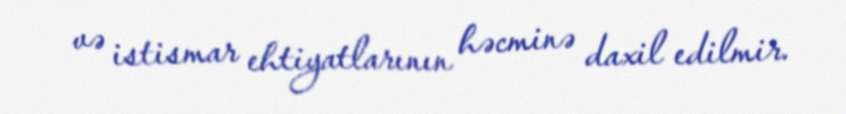
və istismar ehtiyatlarının həcminə daxil edilmir.